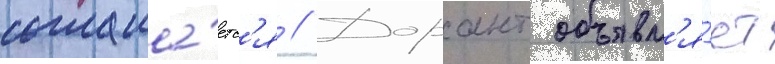
соглаша́етс'я // Дорант объявл'я́ет